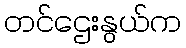
တင်ဌေးနွယ်က